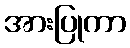
အားပြုကာ